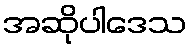
အဆိုပါဒေသ